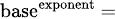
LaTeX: \scriptstyle{\mathrm{base}}^{\mathrm{exponent}}\, =